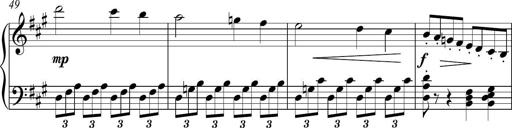
Title: Piano Sonatina in A major
Composer: Z Q Sysmoebius
Key: A major